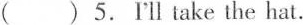
()5.I'll take the hat.